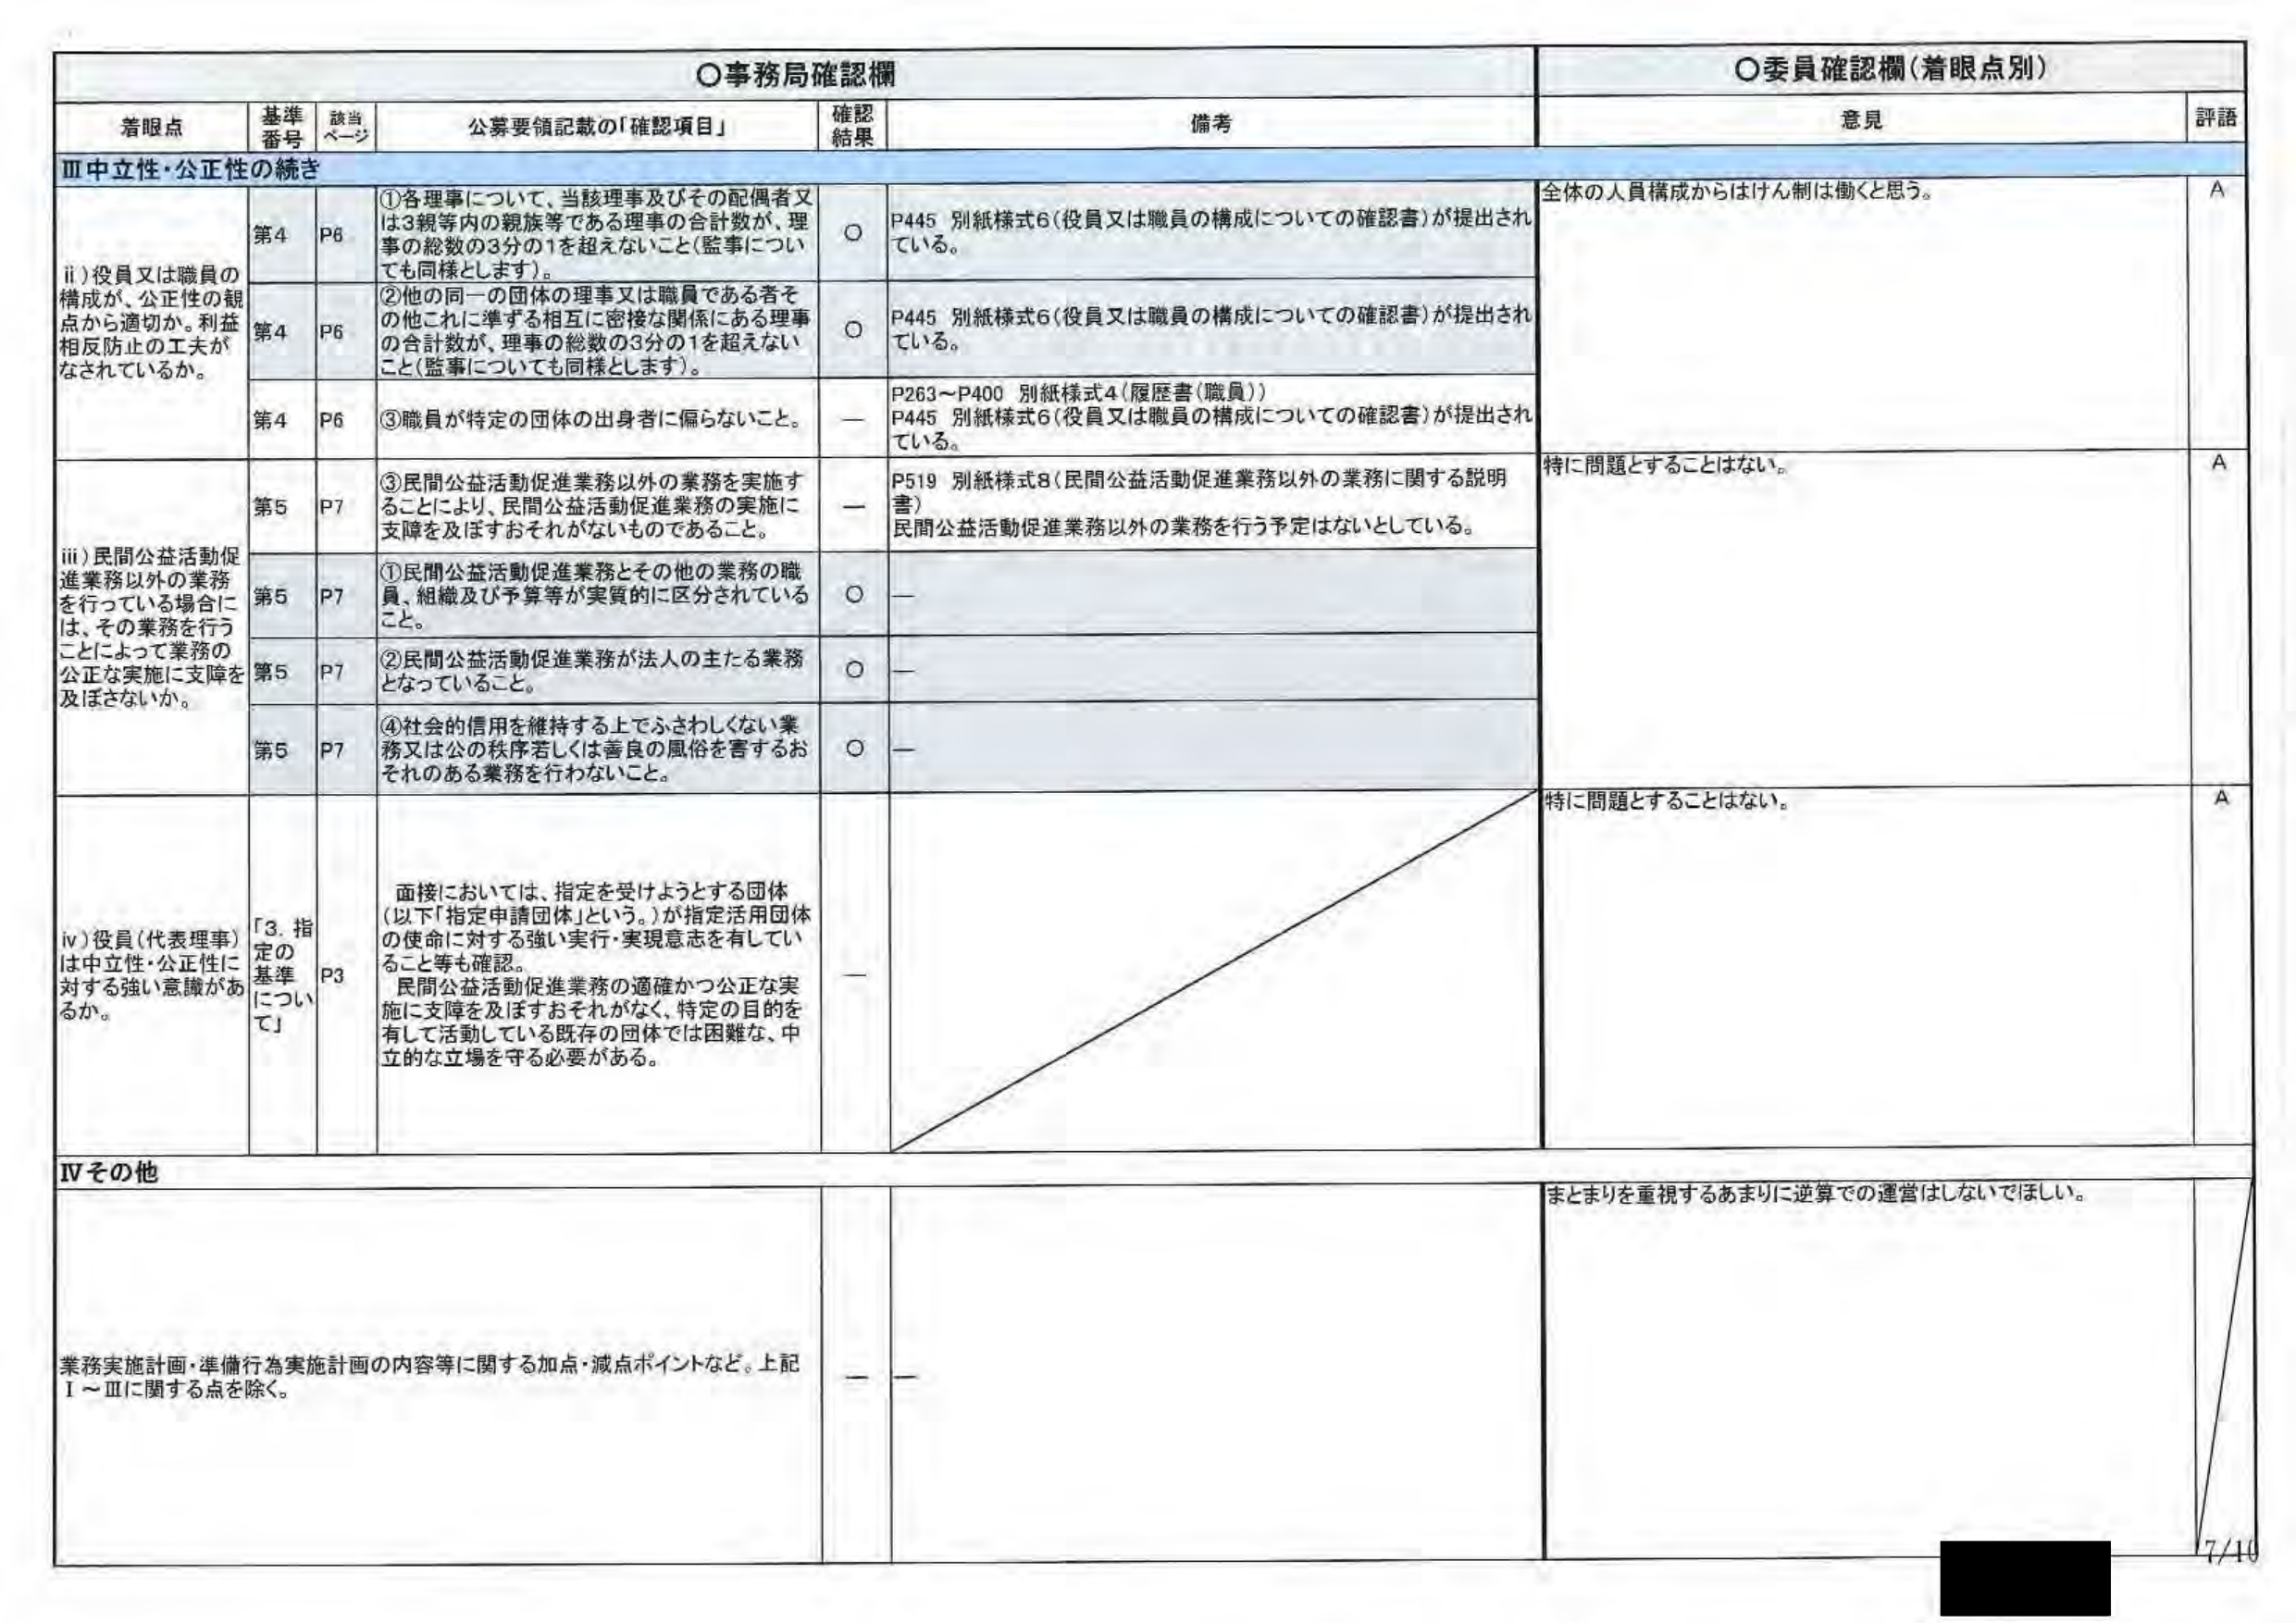
○事務局確認欄
○委員確認欄（着眼点別）

着眼点　　基準番号　　該当ページ　　公募要領記載の「確認項目」　　確認結果　　備考　　意見　　評語

Ⅲ中立性・公正性の続き

ii) 役員又は職員の構成が、公正性の観点から適切か。利益相反防止の工夫がなされているか。
第4　P6　①各理事について、当該理事及びその配偶者又は3親等内の親族等である理事の合計数が、理事の総数の3分の1を超えないこと（監事についても同様とします）。　○　P445 別紙様式6（役員又は職員の構成についての確認書）が提出されている。　全体の人員構成からはけん制は働くと思う。　A
第4　P6　②他の同一の団体の理事又は職員である者その他これに準ずる相互に密接な関係にある理事の合計数が、理事の総数の3分の1を超えないこと（監事についても同様とします）。　○　P445 別紙様式6（役員又は職員の構成についての確認書）が提出されている。
第4　P6　③職員が特定の団体の出身者に偏らないこと。　ー　P263～P400 別紙様式4（履歴書（職員））P445 別紙様式6（役員又は職員の構成についての確認書）が提出されている。

iii) 民間公益活動促進業務以外の業務を行っている場合には、その業務を行うことによって業務の公正な実施に支障を及ぼさないか。
第5　P7　③民間公益活動促進業務以外の業務を実施することにより、民間公益活動促進業務の実施に支障を及ぼすおそれがないものであること。　ー　P519 別紙様式8（民間公益活動促進業務以外の業務に関する説明書）民間公益活動促進業務以外の業務を行う予定はないとしている。　特に問題とすることはない。　A
第5　P7　①民間公益活動促進業務とその他の業務の職員、組織及び予算等が実質的に区分されていること。　○　ー
第5　P7　②民間公益活動促進業務が法人の主たる業務となっていること。　○　ー
第5　P7　④社会的信用を維持する上でふさわしくない業務又は公の秩序若しくは善良の風俗を害するおそれのある業務を行わないこと。　○　ー

iv) 役員（代表理事）は中立性・公正性に対する強い意識があるか。
「3. 指定の基準について」　P3　直接においては、指定を受けようとする団体（以下「指定申請団体」という。）が指定活用団体の使命に対する強い実行・実現意志を有していること等も確認。民間公益活動促進業務の適確かつ公正な実施に支障を及ぼすおそれがなく、特定の目的を有して活動している既存の団体では困難な、中立的な立場を守る必要がある。　ー　特に問題とすることはない。　A

Ⅳその他

業務実施計画・準備行為実施計画の内容等に関する加点・減点ポイントなど。上記Ⅰ～Ⅲに関する点を除く。　ー　ー　まとまりを重視するあまりに逆算での運営はしないでほしい。

7/10